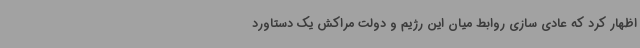
اظهار کرد که عادی سازی روابط میان این رژیم و دولت مراکش یک دستاورد